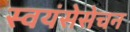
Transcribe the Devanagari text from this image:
स्वयंसेसेचन